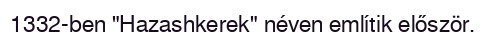
1332-ben "Hazashkerek" néven említik először.